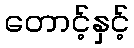
တောင့်နှင့်